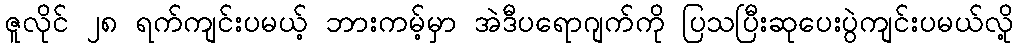
ဇူလိုင် ၂၈ ရက်ကျင်းပမယ့် ဘားကမ့်မှာ အဲဒီပရောဂျက်ကို ပြသပြီးဆုပေးပွဲကျင်းပမယ်လို့